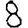
Digit: 8